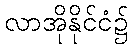
လာအိုနိုင်ငံ၌